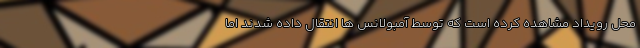
محل رویداد مشاهده کرده است که توسط آمبولانس ها انتقال داده شدند اما